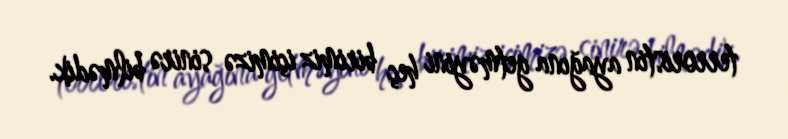
terroristin ayağına getməyini heç birimiz içimizə sinirə bilmədik.